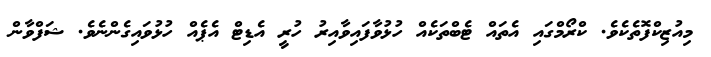
މިއުޒިކްފޮތެކެވެ. ކްރޯމްގައި އެތައް ޓެބްތަކެއް ހުޅުވާފައިވާއިރު ހުރީ އެޑިޓް އެޕެއް ހުޅުވައިގެންނެވެ. ޝަފްވާން